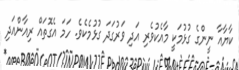
ކާޔާއާ ނީންގެ ގުޅުމަކީ މާއެކުވެރި އަދި ވަރުގަދަ ގުޅުމެކެވެ. ހަމަ އެގޮތައް ރިއާންއަދި